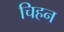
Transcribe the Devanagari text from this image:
चिहन